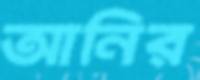
আনির